Medical and sanitary report on the native army of Bombay for the year
Year: 1879
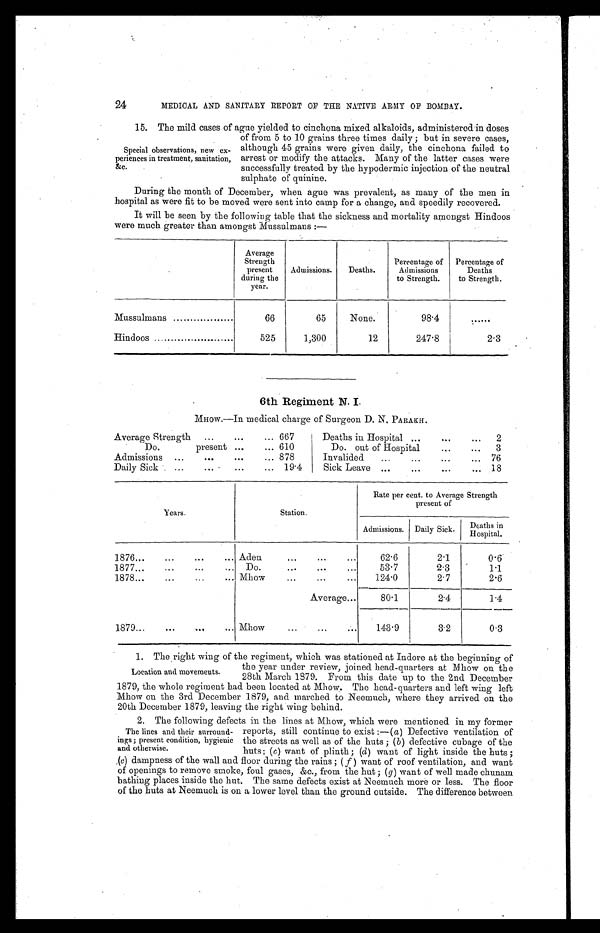
24
MEDICAL AND SANITARY REPORT OF THE NATIVE ARMY OF BOMBAY.
15. The mild cases of ague yielded to cinchona mixed alkaloids, administered in doses
of from 5 to 10 grains three times daily; but in severe cases,
although 45 grains were given daily, the cinchona failed to
arrest or modify the attacks. Many of the latter cases were
successfully treated by the hypodermic injection of the neutral
sulphate of quinine.
During the month of December, when ague was prevalent, as many of the men in
hospital as were fit to be moved were sent into camp for a change, and. speedily recovered.
It will be seen by the following table that the sickness and mortality amongst Hindoos
were much greater than amongst Mussulmans:—
Average
Strength
present
during the
year.
Admissions.
Deaths.
Percentage of
Admissions
to Strength.
Percentage of
Deaths
to Strength.
Mussulmans . . .
66
65
None.
98.4
. . .
Hindoos . . .
525
1,300
12
247.8
2.3
6th Regiment N. I.
MHOW.—In medical charge of Surgeon D. N. PARAKH.
Average Strength . . . 667
Deaths in Hospital . . .
2
Do. present . . .
610
Do. out of Hospital . . .
3
Admissions . . .
878
Invalided . . .
76
Daily Sick . . . 19.4
Sick Leave . . .
18
Years.
Station.
Rate per cent. to Average Strength
present of
Admissions.
Daily Sick.
De a t hs i n
H o s p i t a l .
1876 . . .
Aden . . .
62.6
2. 1
0.6
1877 . . .
Do. . . .
53.7
2.3
1.1
1878 . . .
Mhow . . .
124.0
2.7
2.6
Average . . .
80.1
2.4
1.4
1879 . . .
Mhow . . .
143.9
3.2
0.3
1 . T h e r i g h t w i n g o f t h e r e g i m e n t , w h i c h w a s s t a t i o n e d a t I n d o r e a t t h e b e g i n n i n g o f
the year under review, joined head-quarters at Mhow on the
28th March 1879. From this date up to the 2nd December
1879, the whole regiment had been located at Mhow. The head-quarters and left wing left
Mhow on the 3rd December 1879, and marched to Neemuch, where they arrived on the
20th December 1879, leaving the right wing behind.
2 . T h e f o l l o w i n g d e f e c t s i n t h e l i n e s a t M h o w , w h i c h w e r e m e n t i o n e d i n m y f o r m e r
reports, still continue to exist :—( a ) Defective ventilation of
the streets as well as of the huts; ( b ) defective cubage of the
huts; ( c ) want of plinth; (d ) want of light inside the huts
; (
e ) d a m p n e s s o f t h e w a l l a n d f l o o r d u r i n g t h e r a i n s ; (f
) want of roof ventilation, and want
of openings to remove smoke, foul gases, &c., from the hut; ( g ) want of well made chunam
bathing places inside the hut. The same defects exist at Neemuch more or less. The floor
of the huts at Neemuch is on a lower level than the ground outside. The difference between
Special observations, new ex
- p e r i e n c e s i n t r e a t m e n t , s a n i t a t i o n ,
&c.
Location and movements.
The lines and their surround
- i n g s ; p r e s e n t c o n d i t i o n , h y g i e n i c
and otherwise.